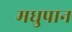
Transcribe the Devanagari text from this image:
मधुपान